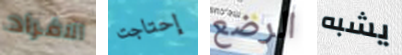
الافراد إحتاجت الرضع يشبه